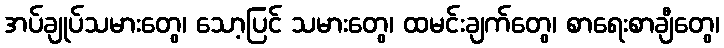
အပ်ချုပ်သမားတွေ၊ သော့ပြင် သမားတွေ၊ ထမင်းချက်တွေ၊ စာရေးစာချီတွေ၊